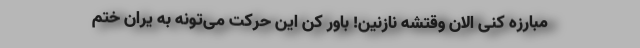
مبارزه کنی الان وقتشه نازنین! باور کن این حرکت می‌تونه به یران ختم